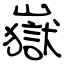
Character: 嶽